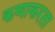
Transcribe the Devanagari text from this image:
कणाकरता